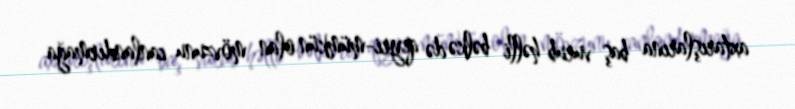
axtarışlarına baş vurub həlli bəlkə də qeyri-mümkün olan mövzunu canlandırmağa